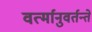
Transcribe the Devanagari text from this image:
वर्त्मानुवर्तन्ते